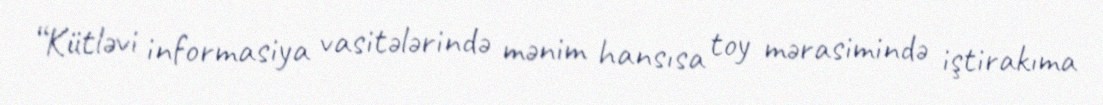
“Kütləvi informasiya vasitələrində mənim hansısa toy mərasimində iştirakıma